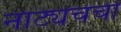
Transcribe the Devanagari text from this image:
नाट्यचर्चा